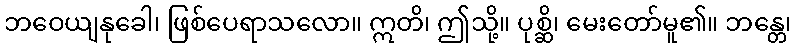
ဘဝေယျနုခေါ၊ ဖြစ်ပေရာသလော။ ဣတိ၊ ဤသို့။ ပုစ္ဆိ၊ မေးတော်မူ၏။ ဘန္တေ၊